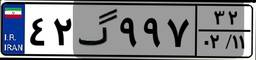
۵۱گ۶۹۴۹۴